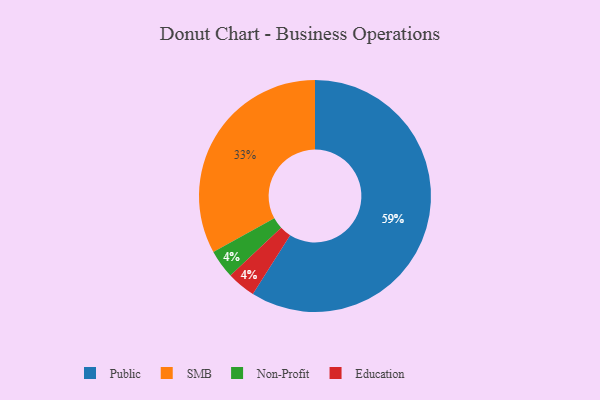
{"axis": {"x": "Category", "y": "Percentage"}, "legend": ["Education", "Non-Profit", "Public", "SMB"], "data": [{"x": "SMB", "y": 33, "type": "SMB"}, {"x": "Non-Profit", "y": 4, "type": "Non-Profit"}, {"x": "Public", "y": 59, "type": "Public"}, {"x": "Education", "y": 4, "type": "Education"}]}